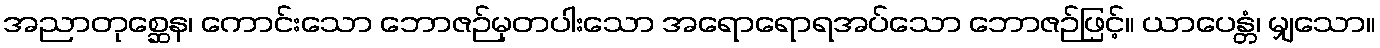
အညာတုစ္ဆေန၊ ကောင်းသော ဘောဇဉ်မှတပါးသော အရောရောရအပ်သော ဘောဇဉ်ဖြင့်။ ယာပေန္တံ၊ မျှသော။